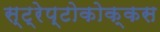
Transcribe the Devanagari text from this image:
स्ट्रेप्टोकोक्कस